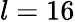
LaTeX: l=16